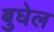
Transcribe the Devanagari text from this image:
बुघेल